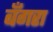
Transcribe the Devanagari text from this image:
बँगरा